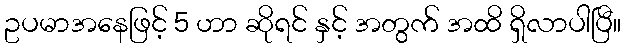
ဥပမာအနေဖြင့် 5 ဟာ ဆိုရင် နှင့် အတွက် အထိ ရှိလာပါပြီ။